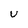
Character: U